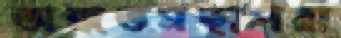
অন্ধতমছাপরা